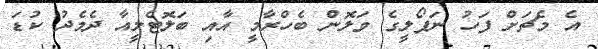
އެ މެޗަށް ފަހު ނަޕޯލީގެ ވަލޮން ބެހްރާމީ އާއި ބަލޮޓެލީއާ ދެމެދު ކުޑަ